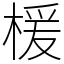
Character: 楥